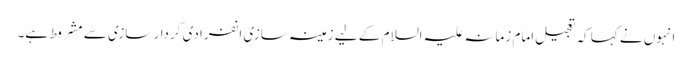
انہوں نے کہا کہ تعجیل امام زمانہ علیہ السلام کے لیے زمینہ سازی انفرادی کردار سازی سے مشروط ہے۔